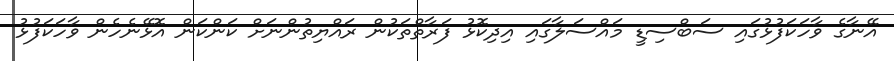
އޭނާގެ ވާހަކަފުޅުގައި ސަބްސިޑީ މައްސަލާގައި އިދިކޮޅު ފަރާތްތަކުން ރައްޔިތުންނަށް ކަންކަން އޮޅޭނެހެން ވާހަކަފުޅު